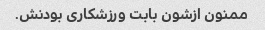
ممنون ازشون بابت ورزشکاری بودنش‌.